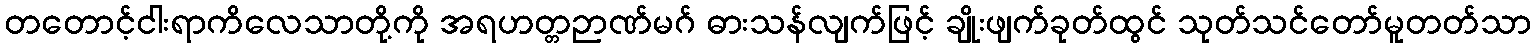
တတောင့်ငါးရာကိလေသာတို့ကို အရဟတ္တဉာဏ်မဂ် ဓားသန်လျက်ဖြင့် ချိုးဖျက်ခုတ်ထွင် သုတ်သင်တော်မူတတ်သာ